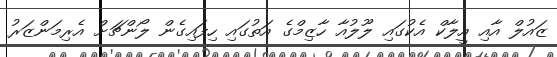
ޒައުލް އާއި އީލާކް އެކުގައި ލޫލުއާ ހާޒިމްގެ އަތުގައި ހިފައިގެން ލޯންޗަށް އެރިމަންޒަރު